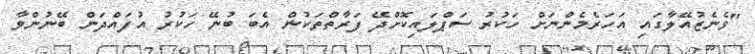
"ވެނެޒުއޭލާގައި އަހަރެމެންނަށް ހަކުރު ސަޕްލައިކޮށްދޭ ފަރާތްތަކުން އެބަ ބުނޭ ހަކުރު އުފައްދަން ބޭނުންވާ